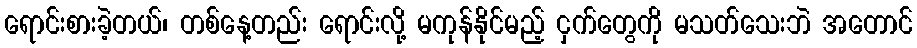
ရောင်းစားခဲ့တယ်၊ တစ်နေ့တည်း ရောင်းလို့ မကုန်နိုင်မည့် ငှက်တွေကို မသတ်သေးဘဲ အတောင်